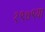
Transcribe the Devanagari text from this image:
१९७९या